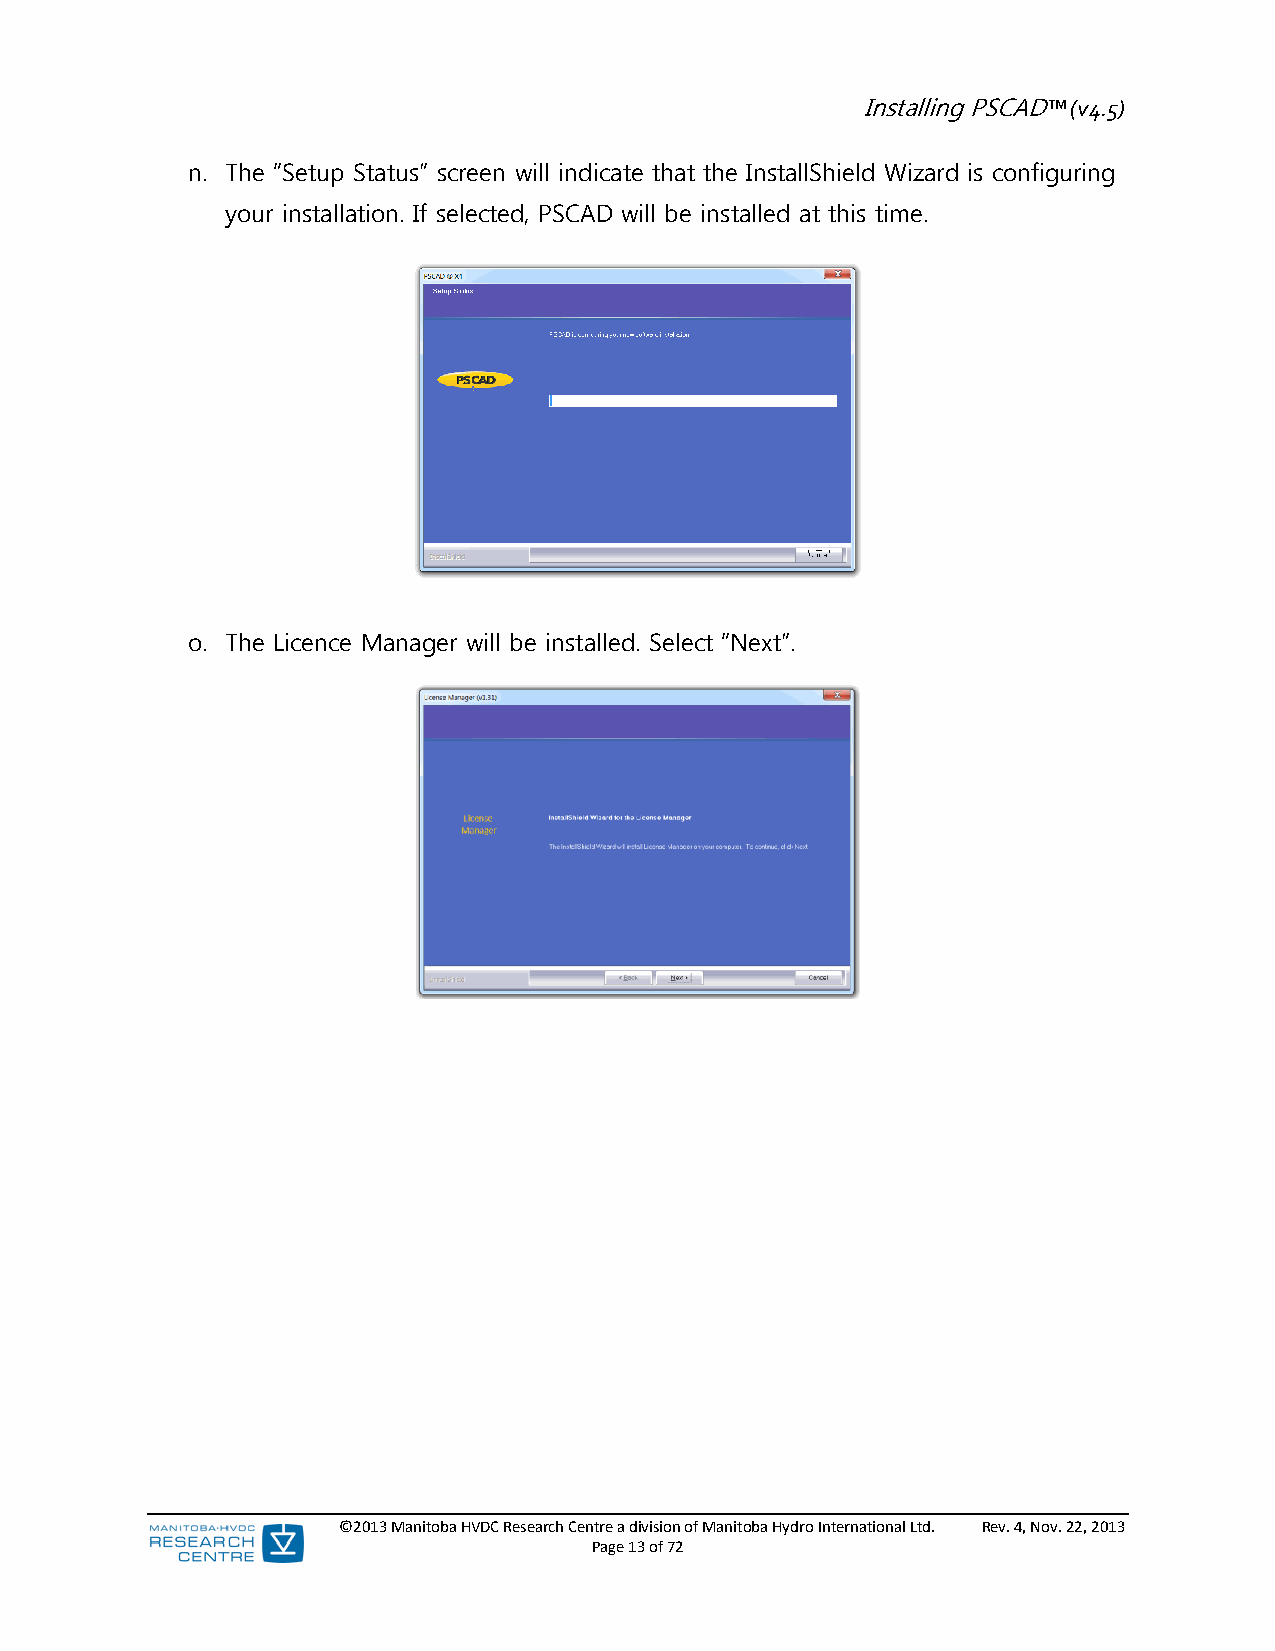
Installing PSCAD™ (v4.5)
 n. The “Setup Status” screen will indicate that the InstallShield Wizard is configuring
 your installation. If selected, PSCAD will be installed at this time.
 o. The Licence Manager will be installed. Select “Next”.
 ©2013 Manitoba HVDC Research Centre a division of Manitoba Hydro International Ltd. Rev. 4, Nov. 22, 2013
 Page 13 of 72